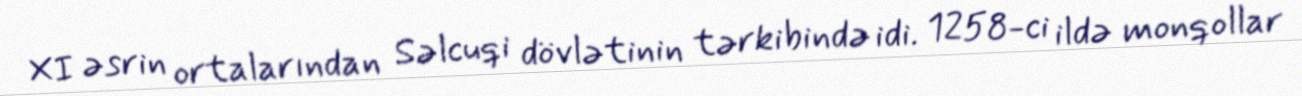
XI əsrin ortalarından Səlcuqi dövlətinin tərkibində idi. 1258-ci ildə monqollar